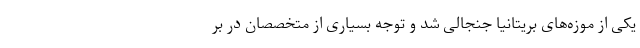
یکی از موزه‌های بریتانیا جنجالی شد و توجه بسیاری از متخصصان در بر